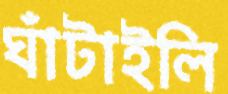
ঘাঁটাইলি